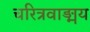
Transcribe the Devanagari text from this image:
चरित्रवाङ्मय